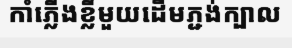
កាំភ្លើងខ្លីមួយដើមភ្ជង់ក្បាល